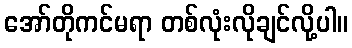
အော်တိုကင်မရာ တစ်လုံးလိုချင်လို့ပါ။